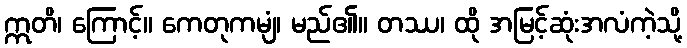
ဣတိ၊ ကြောင့်။ ကေတုကမျံ၊ မည်၏။ တဿ၊ ထို အမြင့်ဆုံးအလံကဲ့သို့